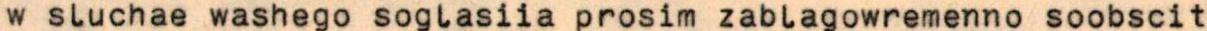
w sluchae washego soglasiia prosim zablagowremenno soobscit